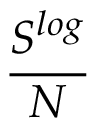
\frac { S ^ { l o g } } { N }